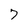
Character: 7